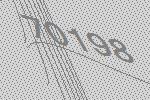
70198